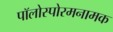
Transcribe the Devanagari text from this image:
पॉलोस्पोरमनामक